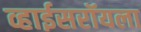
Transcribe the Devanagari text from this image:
व्हाईसरॉयला